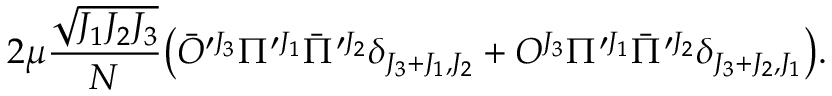
2 \mu { \frac { \sqrt { J _ { 1 } J _ { 2 } J _ { 3 } } } { N } } \big ( \bar { O } ^ { \prime J _ { 3 } } \Pi ^ { \prime J _ { 1 } } \bar { \Pi } ^ { \prime J _ { 2 } } \delta _ { J _ { 3 } + J _ { 1 } , J _ { 2 } } + O ^ { J _ { 3 } } \Pi ^ { \prime J _ { 1 } } \bar { \Pi } ^ { \prime J _ { 2 } } \delta _ { J _ { 3 } + J _ { 2 } , J _ { 1 } } \big ) .